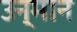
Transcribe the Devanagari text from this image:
उन्मान